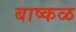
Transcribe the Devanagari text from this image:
बाष्कळ